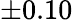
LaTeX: \pm 0.10